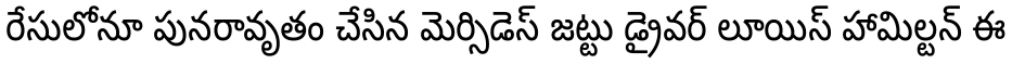
రేసులోనూ పునరావృతం చేసిన మెర్సిడెస్ జట్టు డ్రైవర్ లూయిస్ హామిల్టన్ ఈ